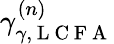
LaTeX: \gamma_{\gamma,\mathrm{~L~C~F~A~}}^{(n)}